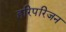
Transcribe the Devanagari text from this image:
हरिपरिजन